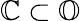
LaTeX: \mathbb{C}\subset\mathbb{O}